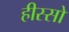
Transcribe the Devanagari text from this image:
हीस्सो